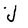
Character: J